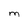
Character: m